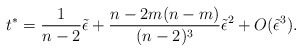
\begin{align*}t^\ast = {1 \over n-2}\tilde \epsilon+{n-2 m(n-m) \over (n-2)^3}\tilde \epsilon^2+ O(\tilde\epsilon^3).\end{align*}